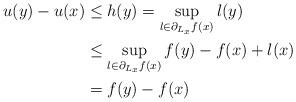
LaTeX: \begin{align*} u(y) - u(x) &\leq h(y) = \sup_{l\in \partial_{L_x} f(x)} l(y) \\ &\leq \sup_{l\in \partial_{L_x} f(x)} f(y) - f(x) + l(x) \\ &= f(y) - f(x) \end{align*}